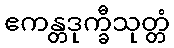
ဧကန္တဒုက္ခီသုတ္တံ